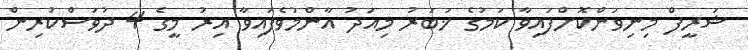
ޝަރީފް މިނިވަންކޮށްފައިވާ ކަމުގެ ޚަބަރު މިއަދު އާންމުވެފައިވާ އިރު މީގެ 4 ދުވަސްކުރިން